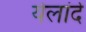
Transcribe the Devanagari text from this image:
येलांदे